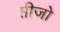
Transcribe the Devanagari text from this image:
सीजो